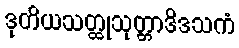
ဒုတိယသတ္ထုသုတ္တာဒိဒသကံ